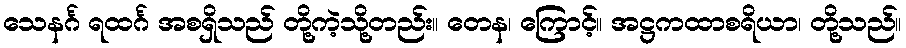
သေနင်္ဂ ရထင်္ဂ အစရှိသည် တို့ကဲ့သို့တည်း။ တေန၊ ကြောင့်။ အဋ္ဌကထာစရိယာ၊ တို့သည်။